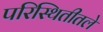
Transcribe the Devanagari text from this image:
परिस्थितीतले